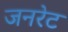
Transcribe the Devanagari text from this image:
जनरेट